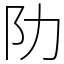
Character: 阞